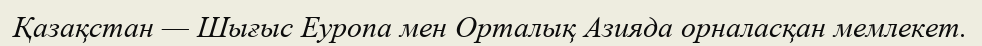
Қазақстан — Шығыс Еуропа мен Орталық Азияда орналасқан мемлекет.